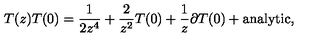
T ( z ) T ( 0 ) = \frac { 1 } { 2 z ^ { 4 } } + \frac { 2 } { z ^ { 2 } } T ( 0 ) + \frac { 1 } { z } \partial T ( 0 ) + \mathrm { a n a l y t i c } ,